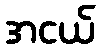
အငယ်